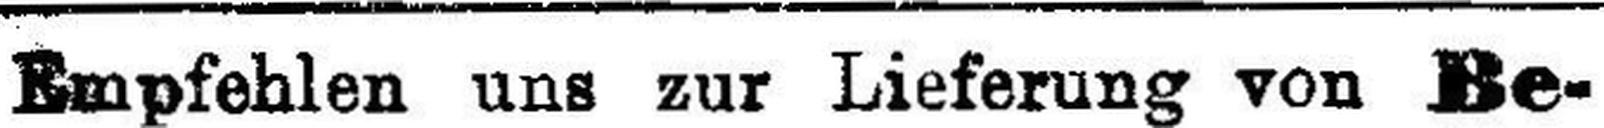
Empfehlen uns zur Lieferung von Be¬